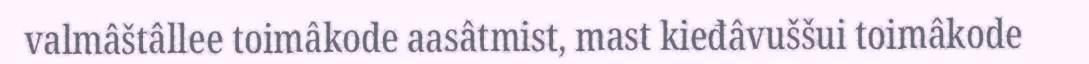
valmâštâllee toimâkode aasâtmist, mast kieđâvuššui toimâkode